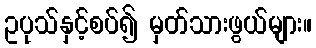
ဥပုသ်နှင့်စပ်၍ မှတ်သားဖွယ်များ။